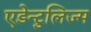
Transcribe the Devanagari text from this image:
एडेन्टुलिज्म